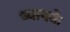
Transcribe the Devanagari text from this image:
ध्यानके